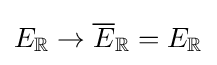
E_{\mathbb {R} }\to {\overline {E}}_{\mathbb {R} }=E_{\mathbb {R} }